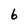
Character: b